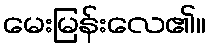
မေးမြန်းလေ၏။